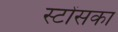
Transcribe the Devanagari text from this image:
स्टोंसका